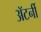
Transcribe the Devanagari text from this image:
अॅटर्नी